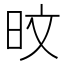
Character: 旼